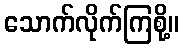
သောက်လိုက်ကြစို့။